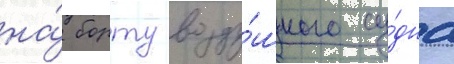
на́ борту возду́шного су́дна